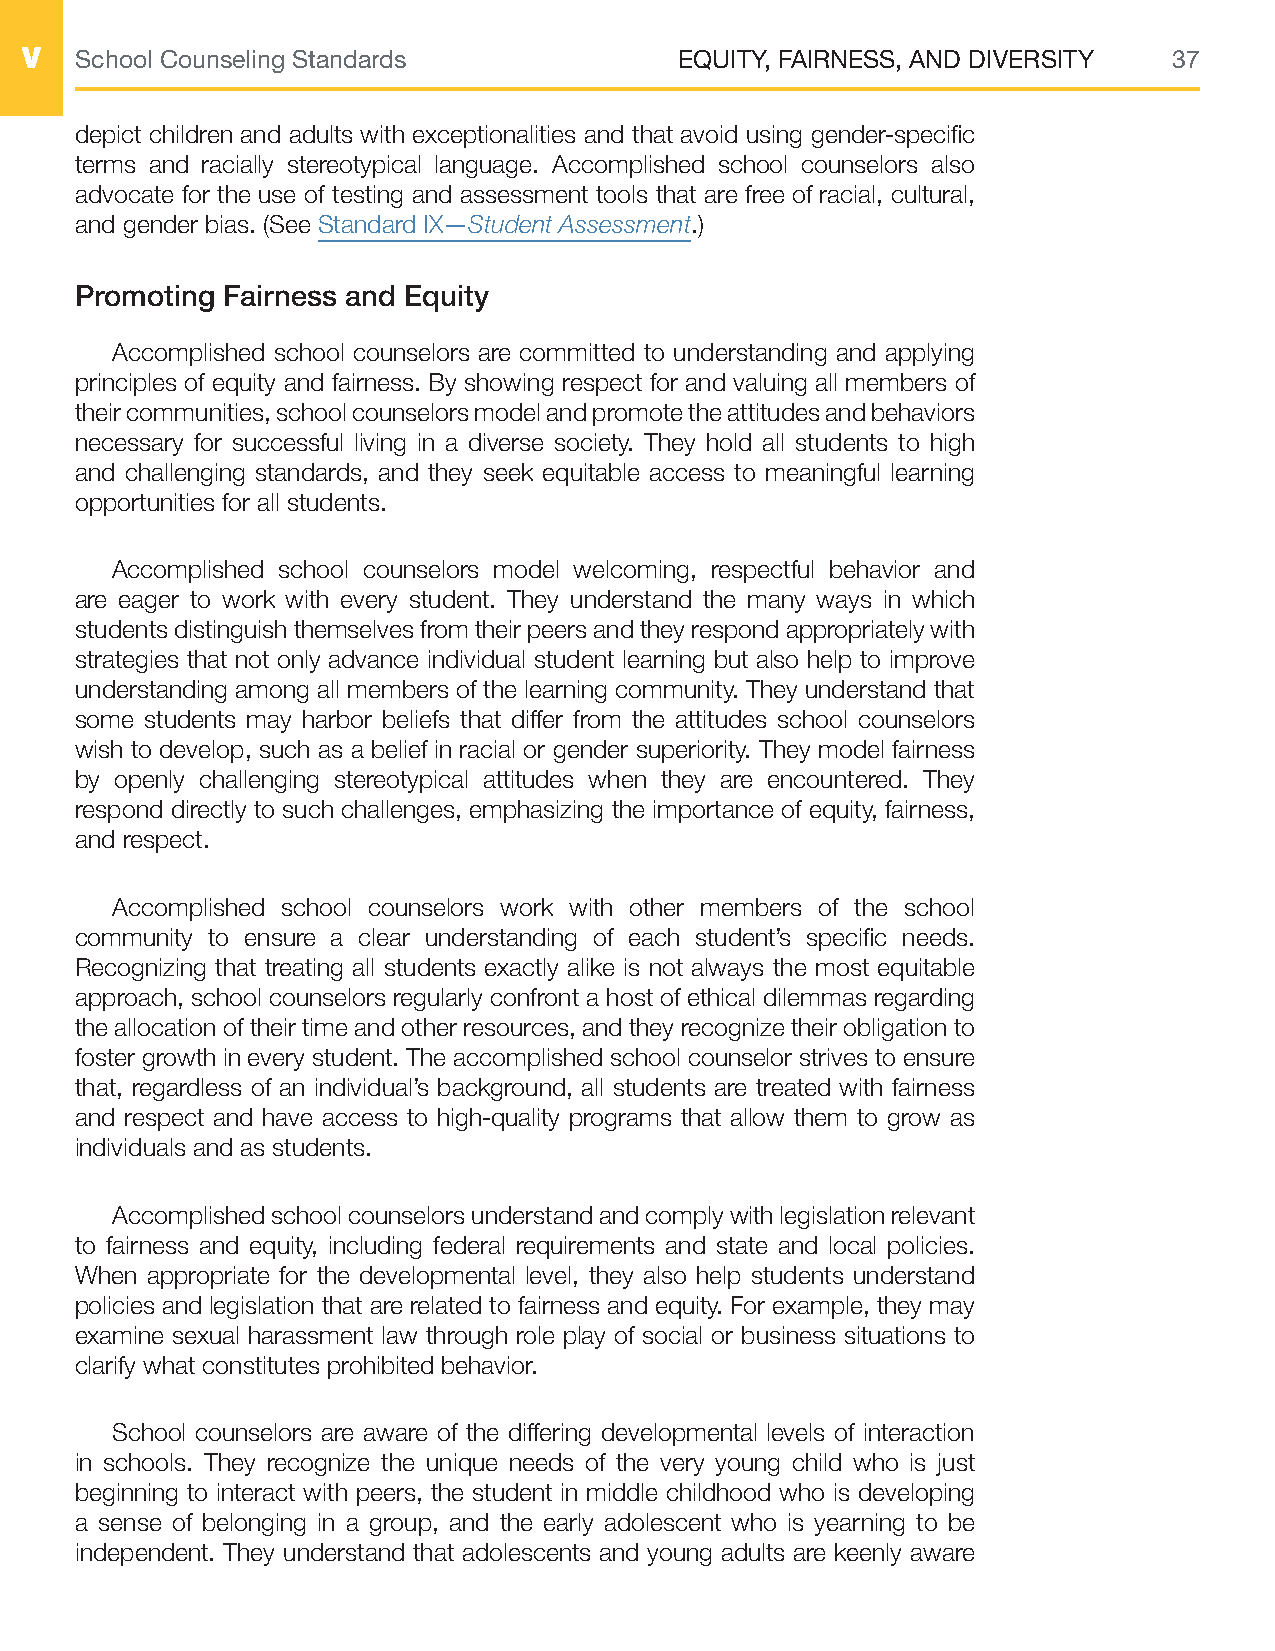
V   School Counseling Standards             EQUITY, FAIRNESS, AND DIVERSITY  37
 depict children and adults with exceptionalities and that avoid using gender-specific
 terms and racially stereotypical language. Accomplished school counselors also
 advocate for the use of testing and assessment tools that are free of racial, cultural,
 and gender bias. (See Standard IX—Student Assessment.)
 Promoting Fairness and Equity
 Accomplished school counselors are committed to understanding and applying
 principles of equity and fairness. By showing respect for and valuing all members of
 their communities, school counselors model and promote the attitudes and behaviors
 necessary for successful living in a diverse society. They hold all students to high
 and challenging standards, and they seek equitable access to meaningful learning
 opportunities for all students.
 Accomplished school counselors model welcoming, respectful behavior and
 are eager to work with every student. They understand the many ways in which
 students distinguish themselves from their peers and they respond appropriately with
 strategies that not only advance individual student learning but also help to improve
 understanding among all members of the learning community. They understand that
 some students may harbor beliefs that differ from the attitudes school counselors
 wish to develop, such as a belief in racial or gender superiority. They model fairness
 by openly challenging stereotypical attitudes when they are encountered. They
 respond directly to such challenges, emphasizing the importance of equity, fairness,
 and respect.
 Accomplished school counselors work with other members of the school
 community to ensure a clear understanding of each student’s specific needs.
 Recognizing that treating all students exactly alike is not always the most equitable
 approach, school counselors regularly confront a host of ethical dilemmas regarding
 the allocation of their time and other resources, and they recognize their obligation to
 foster growth in every student. The accomplished school counselor strives to ensure
 that, regardless of an individual’s background, all students are treated with fairness
 and respect and have access to high-quality programs that allow them to grow as
 individuals and as students.
 Accomplished school counselors understand and comply with legislation relevant
 to fairness and equity, including federal requirements and state and local policies.
 When appropriate for the developmental level, they also help students understand
 policies and legislation that are related to fairness and equity. For example, they may
 examine sexual harassment law through role play of social or business situations to
 clarify what constitutes prohibited behavior.
 School counselors are aware of the differing developmental levels of interaction
 in schools. They recognize the unique needs of the very young child who is just
 beginning to interact with peers, the student in middle childhood who is developing
 a sense of belonging in a group, and the early adolescent who is yearning to be
 independent. They understand that adolescents and young adults are keenly aware